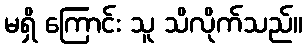
မရှိ ကြောင်း သူ သိလိုက်သည်။